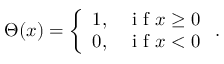
\begin{array} { r } { \Theta ( x ) = \left\{ \begin{array} { l l } { 1 , } & { \mathrm { ~ i ~ f ~ } x \geq 0 } \\ { 0 , } & { \mathrm { ~ i ~ f ~ } x < 0 } \end{array} \right. . } \end{array}